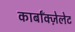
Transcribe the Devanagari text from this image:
कार्बॉक्ज़ेलेट